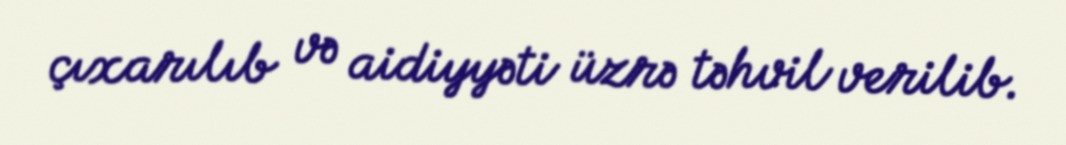
çıxarılıb və aidiyyəti üzrə təhvil verilib.